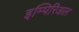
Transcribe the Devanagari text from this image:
इम्पिरिअल